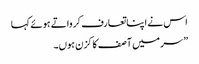
اس نے اپنا تعارف کرواتے ہوئے کہا
” سر میں آصف کا کزن ہوں۔